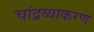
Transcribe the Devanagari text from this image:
चांद्रव्याकरण